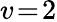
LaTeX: v\! =\! 2